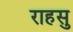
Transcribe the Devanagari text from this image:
राहसु